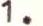
1.